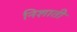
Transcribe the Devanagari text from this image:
निशाती